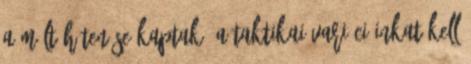
a múlt héten se kaptak. A taktikai variációinkat kell